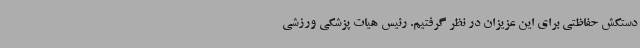
دستکش حفاظتی برای این عزیزان در نظر گرفتیم. رئیس هیات پزشکی ورزشی